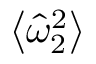
\left\langle \hat { \omega } _ { 2 } ^ { 2 } \right\rangle